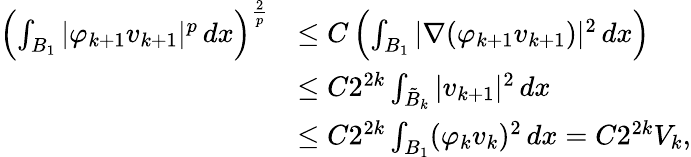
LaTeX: \begin{array}{rl}{\left(\int_{B_{1}}|\varphi_{k+1}v_{k+1}|^{p}\, dx\right)^{\frac 2p}}&{\le C\left(\int_{B_{1}}|\nabla(\varphi_{k+1}v_{k+1})|^{2}\, dx\right)}\\ &{\le C2^{2k}\int_{\tilde{B}_{k}}|v_{k+1}|^{2}\, dx}\\ &{\le C2^{2k}\int_{B_{1}}(\varphi_{k}v_{k})^{2}\, dx=C2^{2k}V_{k},}\end{array}